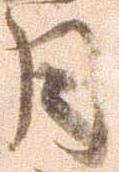
月